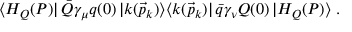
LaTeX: \langle H _ { Q } ( P ) | \, \bar { Q } \gamma _ { \mu } q ( 0 ) \, | k ( \vec { p } _ { k } ) \rangle \langle k ( \vec { p } _ { k } ) | \, \bar { q } \gamma _ { \nu } Q ( 0 ) \, | H _ { Q } ( P ) \rangle \; .